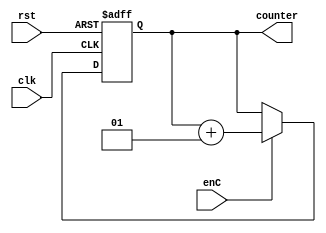
module counter(input clk, rst, enC, output integer counter);
	always @ (posedge clk, posedge rst) begin
		if (rst) 
			counter <= 0;
		else
			if (enC)
				counter <= counter + 1;
			else
				counter <= counter;
	end
endmodule